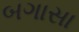
બગાસા